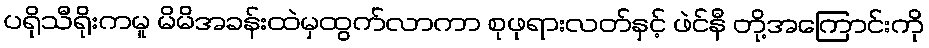
ပရိုသီရိုးကမူ မိမိအခန်းထဲမှထွက်လာကာ စုဖုရားလတ်နှင့် ဖဲင်နီ တို့အကြောင်းကို